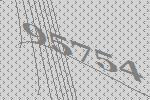
95754